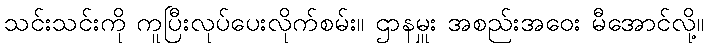
သင်းသင်းကို ကူပြီးလုပ်ပေးလိုက်စမ်း။ ဌာနမှူး အစည်းအဝေး မီအောင်လို့။